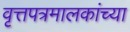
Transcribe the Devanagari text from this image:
वृत्तपत्रमालकांच्या